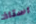
استاذ